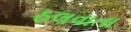
ઠલવાતા